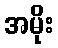
အမိုး